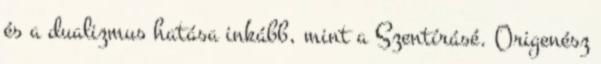
és a dualizmus hatása inkább, mint a Szentírásé. Origenész